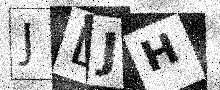
Text: JLJH